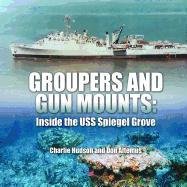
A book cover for Groupers and Gun Mounts: Inside the USS Spiegel Grove; Charlie Hudson; Travel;